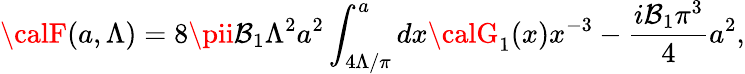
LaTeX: {\calF}(a,\Lambda)={8\pii\mathcal{B}_{1}}\Lambda^{2}a^{2}\int_{4\Lambda/\pi}^{a}dx{\calG}_{1}(x)x^{-3}-{\frac{{i\mathcal{B}_{1}\pi^{3}}}{{4}}}a^{2},